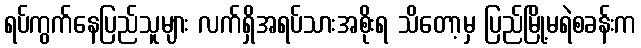
ရပ်ကွက်နေပြည်သူများ လက်ရှိအရပ်သားအစိုးရ သိတော့မှ ပြည်မြို့မရဲစခန်းက